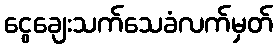
ငွေချေးသက်သေခံလက်မှတ်